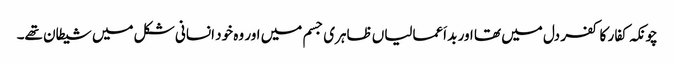
چونکہ کفار کا کفر دل میں تھا اور بد اَعمالیاں ظاہری جسم میں اور وہ خود انسانی شکل میں شیطان تھے۔